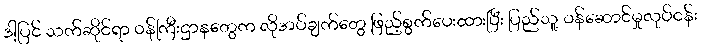
ဒါ့ပြင် သက်ဆိုင်ရာ ဝန်ကြီးဌာနတွေက လိုအပ်ချက်တွေ ဖြည့်စွက်ပေးထားပြီး ပြည်သူ့ ဝန်ဆောင်မှုလုပ်ငန်း